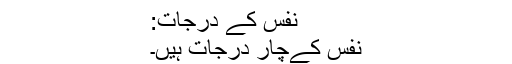
نفس کے درجات:
نفس کےچار درجات ہیں۔